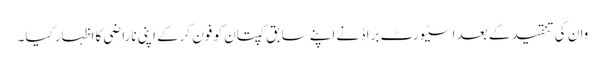
وان کی تنقید کے بعد اسٹیورٹ براڈ نے اپنے سابق کپتان کو فون کرکے اپنی ناراضی کا اظہار کیا۔